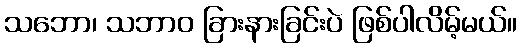
သဘော၊ သဘာဝ ခြားနားခြင်းပဲ ဖြစ်ပါလိမ့်မယ်။